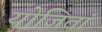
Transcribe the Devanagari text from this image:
योजितां